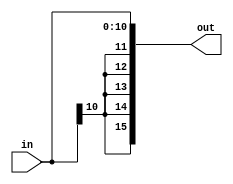
//Still need to verify this works
module sign_extend11bit(in, out);
  
  input [10:0] in;
  output [15:0] out;

  assign out = {{5{in[10]}},in};

endmodule